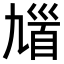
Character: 𩠒